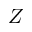
Z